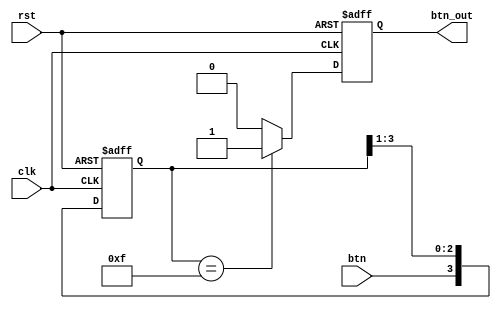
module debounced(
    
    input clk,
    input rst,
    input btn,
    output btn_out
    
    );
    
    reg [3:0]btn_window;
    reg btn_out;
    
    always @(posedge clk or posedge rst)begin
        if (rst) begin
            btn_window <= 4'b0;
            btn_out <= 1'b0;
        end
        else begin
            btn_window<={btn, btn_window[3:1]};
            if (btn_window[3:0] == 4'b1111) begin
                btn_out <= 1'b1;
            end
            else begin
                btn_out <= 1'b0;
            end
        end
    end
endmodule